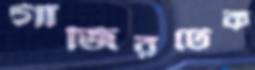
গাজিরটেক